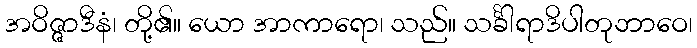
အဝိဇ္ဇာဒီနံ၊ တို့၏။ ယော အာကာရော၊ သည်။ သင်္ခါရာဒိပါတုဘာဝေ၊